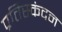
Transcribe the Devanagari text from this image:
प्रतिस्कंदन